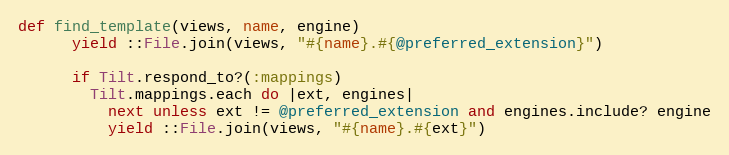
Language: Ruby
def find_template(views, name, engine)
      yield ::File.join(views, "#{name}.#{@preferred_extension}")

      if Tilt.respond_to?(:mappings)
        Tilt.mappings.each do |ext, engines|
          next unless ext != @preferred_extension and engines.include? engine
          yield ::File.join(views, "#{name}.#{ext}")